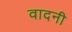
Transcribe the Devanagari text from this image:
वादनी